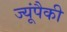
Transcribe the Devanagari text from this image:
ज्यूंपैकी